Mental hospitals Bombay report 1929-33 - 1929-1933
Year: 1929
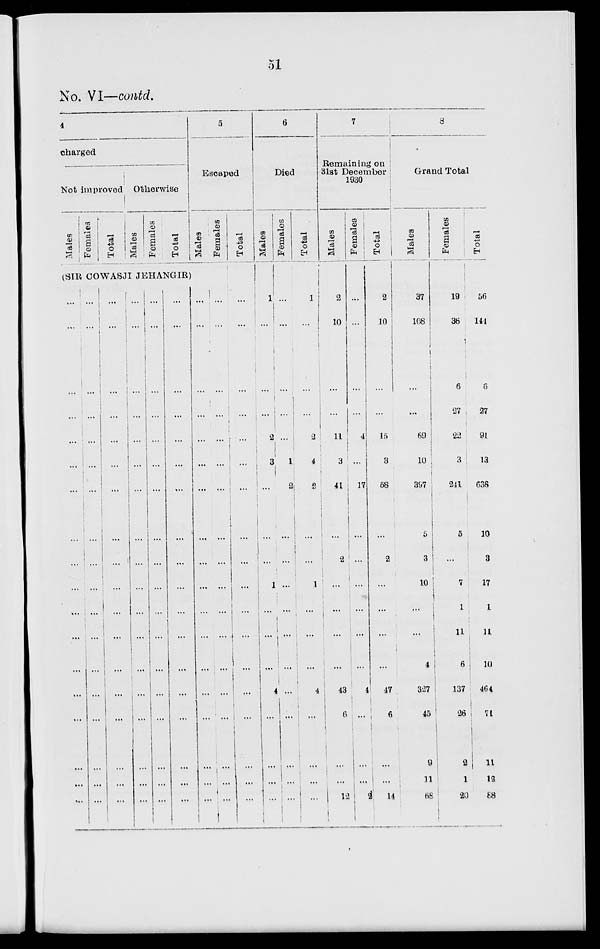
51
No. VI—contd.
4
charged
Not improved
Males
Females
Total
Otherwise
Males
Females
Total
5
Escaped
Males
Females
Total
(SIR COWASJI JEHANGIR)
...
...
...
...
...
...
...
...
...
...
...
...
...
...
...
...
...
...
...
...
...
...
...
...
...
...
...
...
...
...
...
...
...
...
...
...
...
...
...
...
...
...
...
...
...
...
...
...
...
...
...
...
...
...
...
...
...
...
...
...
...
...
...
...
...
...
...
...
...
...
...
...
...
...
...
...
...
...
...
...
...
...
...
...
...
...
...
...
...
...
...
...
...
...
...
...
...
...
...
...
...
...
...
...
...
...
...
...
...
...
...
...
...
...
...
...
...
...
...
...
...
...
...
...
...
...
...
...
...
...
...
...
...
...
...
...
...
...
...
...
...
...
...
...
...
...
...
...
...
...
...
...
...
...
...
...
...
...
...
...
...
...
6
Died
Males
1
...
...
...
2
3
...
...
...
1
...
...
...
4
...
...
...
...
Females
...
...
...
...
...
1
2
...
...
...
...
...
...
...
...
...
...
...
Total
1
...
...
...
2
4
2
...
...
1
...
...
...
4
...
...
...
...
7
Remaining on
31st December
1930
Males
2
10
...
...
11
3
41
...
2
...
...
...
43
6
...
...
12
Females
...
...
...
...
4
...
17
...
...
...
...
...
...
4
...
...
...
2
Total
2
10
...
...
15
3
58
...
2
...
...
...
...
47
6
...
...
14
8
Grand Total
Males
37
108
...
...
69
10
397
5
3
10
...
...
4
327
45
9
11
68
Females
19
36
6
27
22
3
241
5
...
7
1
11
6
137
26
2
1
20
Total
56
141
6
27
91
13
638
10
3
17
1
11
10
464
71
11
12
88